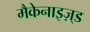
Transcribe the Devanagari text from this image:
मैकेनाइज़्ड